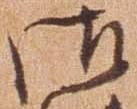
御